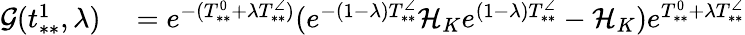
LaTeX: \begin{array}{rl}{\mathcal{G}(t_{**}^{1},\lambda)}&{{}=e^{-(T_{**}^{0}+\lambda T_{**}^{\angle})}(e^{-(1-\lambda)T_{**}^{\angle}}\mathcal{H}_{K}e^{(1-\lambda)T_{**}^{\angle}}-\mathcal{H}_{K})e^{T_{**}^{0}+\lambda T_{**}^{\angle}}}\end{array}